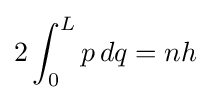
2\int _{0}^{L}p\,dq=nh